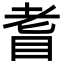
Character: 𦒿